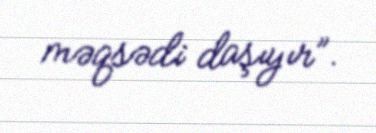
məqsədi daşıyır”.